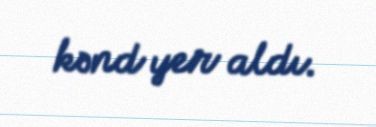
kənd yer aldı.